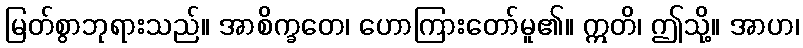
မြတ်စွာဘုရားသည်။ အာစိက္ခတေ၊ ဟောကြားတော်မူ၏။ ဣတိ၊ ဤသို့။ အာဟ၊